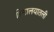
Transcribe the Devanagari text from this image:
हिमालयातली